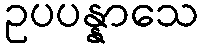
ဥပပန္နာသေ